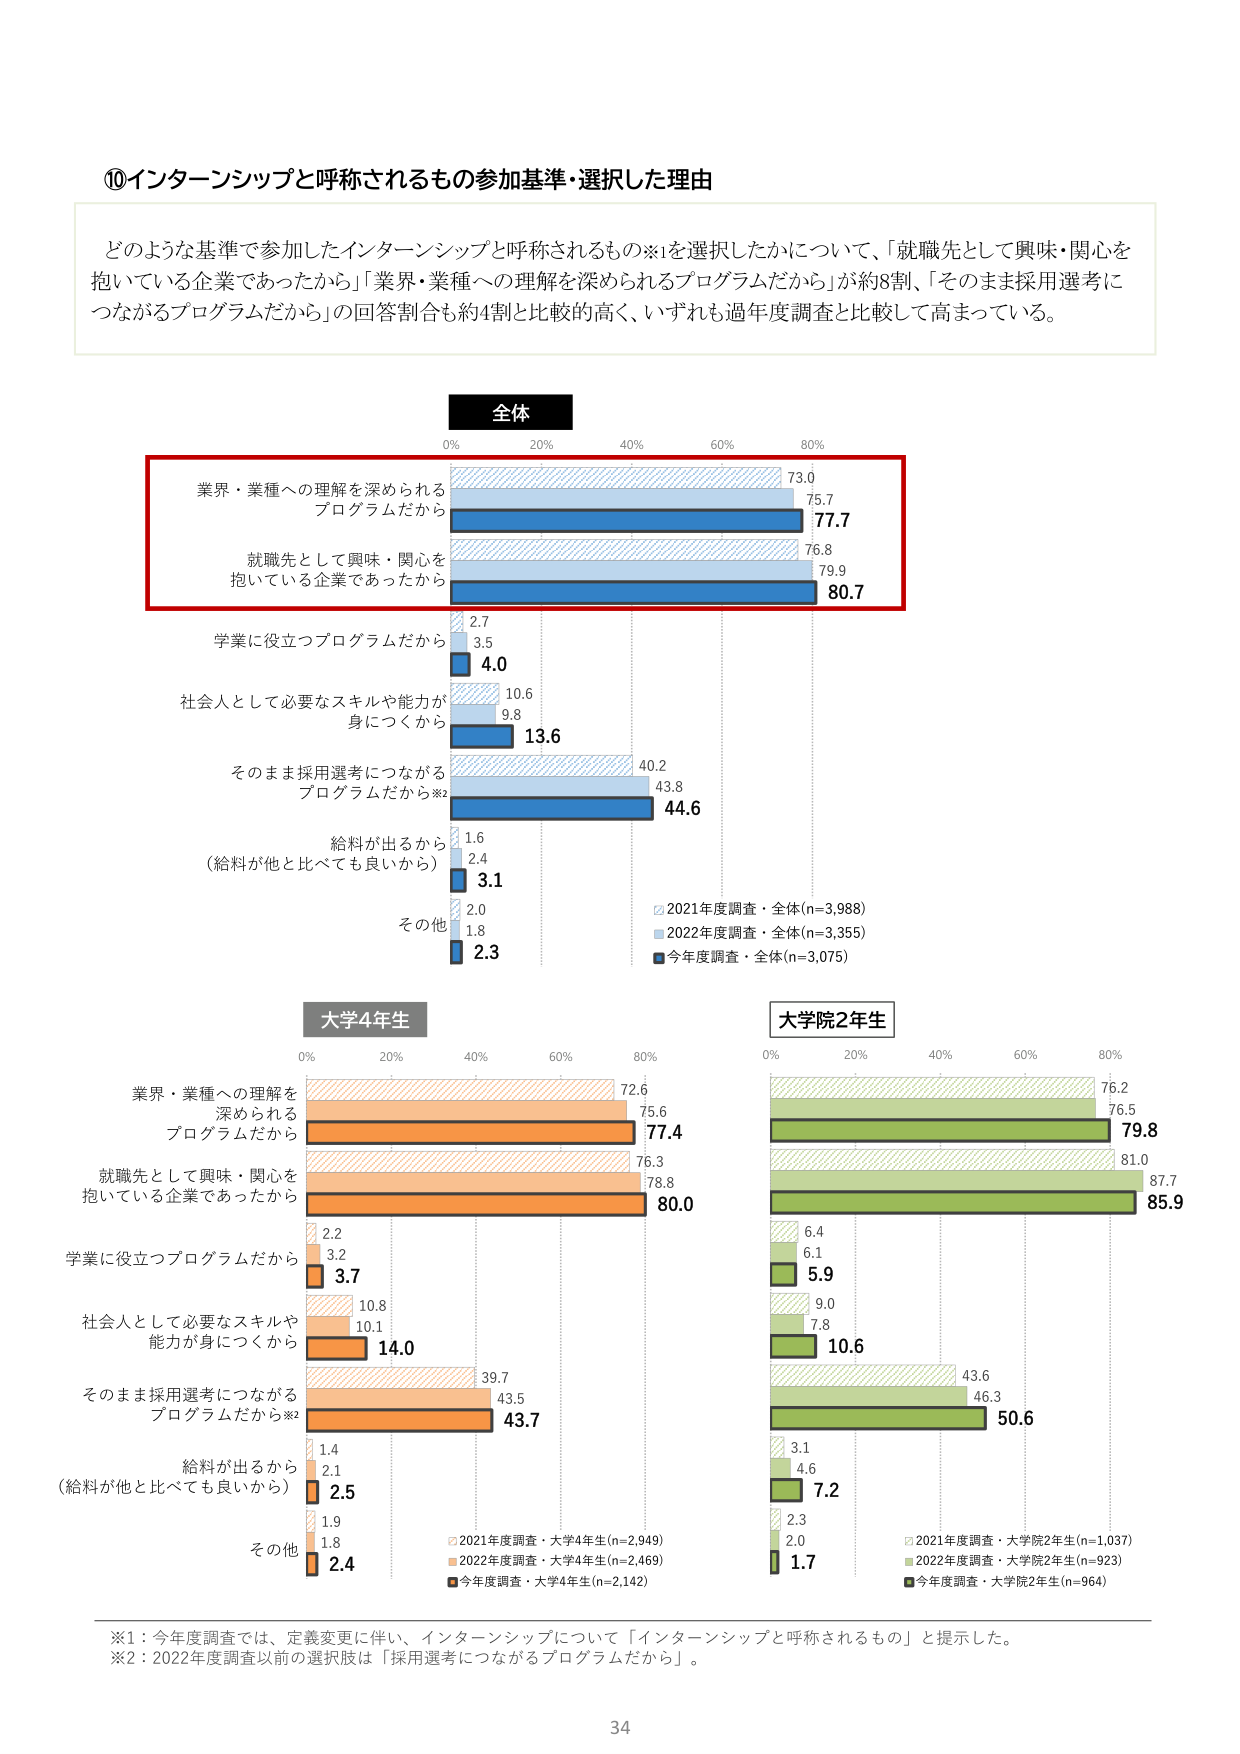
⑩インターンシップと呼称されるもの参加基準・選択した理由

どのような基準で参加したインターンシップと呼称されるもの※1を選択したかについて、「就職先として興味・関心を抱いている企業であったから」「業界・業種への理解を深められるプログラムだから」が約8割、「そのまま採用選考につながるプログラムだから」の回答割合も約4割と比較的高く、いずれも過年度調査と比較して高まっている。

全体
0% 20% 40% 60% 80%
業界・業種への理解を深められるプログラムだから 73.0 75.7 77.7
就職先として興味・関心を抱いている企業であったから 76.8 79.9 80.7
学業に役立つプログラムだから 2.7 3.5 4.0
社会人として必要なスキルや能力が身につくから 10.6 9.8 13.6
そのまま採用選考につながるプログラムだから※2 40.2 43.8 44.6
給料が出るから（給料が他と比べても良いから） 1.6 2.4 3.1
その他 2.0 1.8 2.3

2021年度調査・全体(n=3,988)
2022年度調査・全体(n=3,355)
今年度調査・全体(n=3,075)

大学4年生
0% 20% 40% 60% 80%
業界・業種への理解を深められるプログラムだから 72.6 75.6 77.4
就職先として興味・関心を抱いている企業であったから 76.3 78.8 80.0
学業に役立つプログラムだから 2.2 3.2 3.7
社会人として必要なスキルや能力が身につくから 10.8 10.1 14.0
そのまま採用選考につながるプログラムだから※2 39.7 43.5 43.7
給料が出るから（給料が他と比べても良いから） 1.4 2.1 2.5
その他 1.9 1.8 2.4

2021年度調査・大学4年生(n=2,949)
2022年度調査・大学4年生(n=2,469)
今年度調査・大学4年生(n=2,142)

大学院2年生
0% 20% 40% 60% 80%
業界・業種への理解を深められるプログラムだから 76.2 76.5 79.8
就職先として興味・関心を抱いている企業であったから 81.0 87.7 85.9
学業に役立つプログラムだから 6.4 6.1 5.9
社会人として必要なスキルや能力が身につくから 9.0 7.8 10.6
そのまま採用選考につながるプログラムだから※2 43.6 46.3 50.6
給料が出るから（給料が他と比べても良いから） 3.1 4.6 7.2
その他 2.3 2.0 1.7

2021年度調査・大学院2年生(n=1,037)
2022年度調査・大学院2年生(n=923)
今年度調査・大学院2年生(n=964)

※1：今年度調査では、定義変更に伴い、インターンシップについて「インターンシップと呼称されるもの」と提示した。
※2：2022年度調査以前の選択肢は「採用選考につながるプログラムだから」。

34